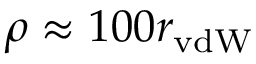
\rho \approx 1 0 0 r _ { \mathrm { v d W } }